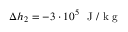
\Delta h _ { 2 } = - 3 \cdot 1 0 ^ { 5 } ~ \mathrm { ~ J ~ / ~ k ~ g ~ }